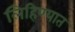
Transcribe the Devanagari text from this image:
लिहिण्‍यात